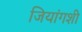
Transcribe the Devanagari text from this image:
जियांगशी